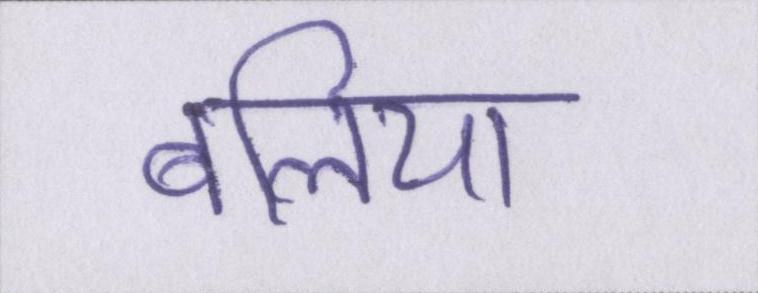
बलिया